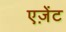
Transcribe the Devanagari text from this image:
एज़ेंट